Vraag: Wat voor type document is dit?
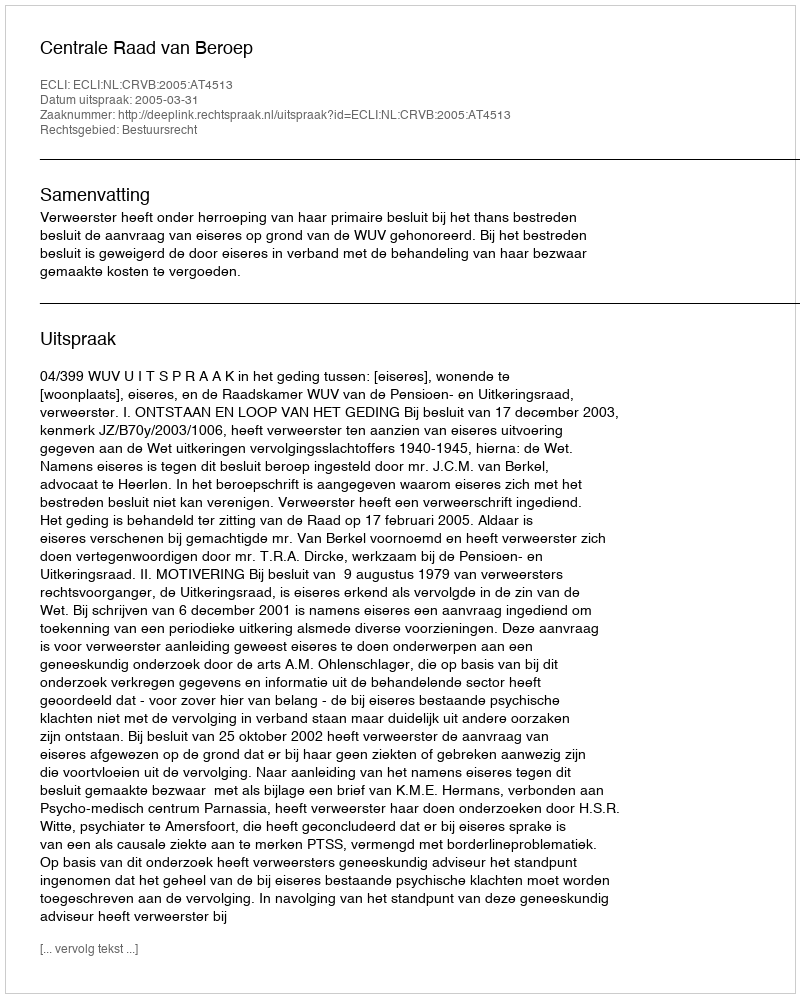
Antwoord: Uitspraak